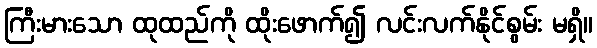
ကြီးမားသော ထုထည်ကို ထိုးဖောက်၍ လင်းလက်နိုင်စွမ်း မရှိ။